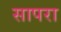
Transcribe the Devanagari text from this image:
सापरा